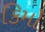
કિમો